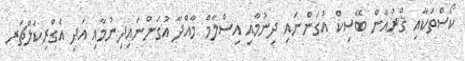
ކޯސްތަކާއި ޤްރުއާން ބޭސިކް އުގަންނައި ދިނުމާއި އިސްލާމް މާއްދާ އުގަންނައިދިނުމާއި އަދި އެގްރިކަލްޗަރ